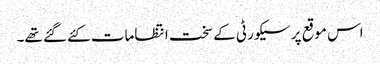
اس موقع پر سیکورٹی کے سخت انتظامات کئے گئے تھے۔